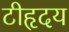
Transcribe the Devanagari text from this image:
टीहृदय